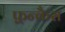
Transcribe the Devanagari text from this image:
फ़्रन्कैस